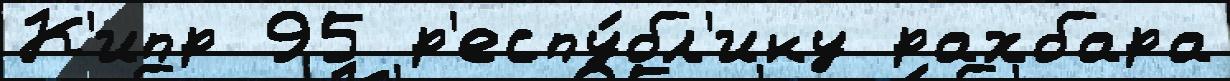
К'ипр 95 р'еспу́бл'ику рахбара